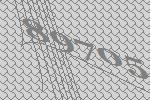
89705